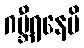
ဂမ္ဘီရနေမိ